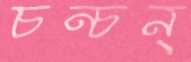
চন্‌চন্‌